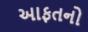
આફતનો